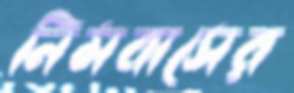
নিমবাসের